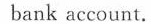
bank account.